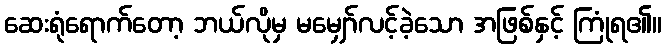
ဆေးရုံရောက်တော့ ဘယ်လိုမှ မမျှော်လင့်ခဲ့သော အဖြစ်နှင့် ကြုံရ၏။